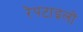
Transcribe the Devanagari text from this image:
रेपटाइलों